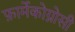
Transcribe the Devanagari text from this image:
फ़ार्मेकोग्नोसी